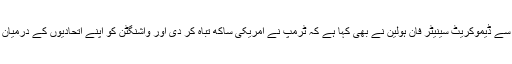
ریاست میری لینڈ سے ڈیموکریٹ سینیٹر فان ہولین نے بھی کہا ہے کہ ٹرمپ نے امریکی ساکھ تباہ کر دی اور واشنگٹن کو اپنے اتحادیوں کے درمیان الگ تھلگ کر دیا۔